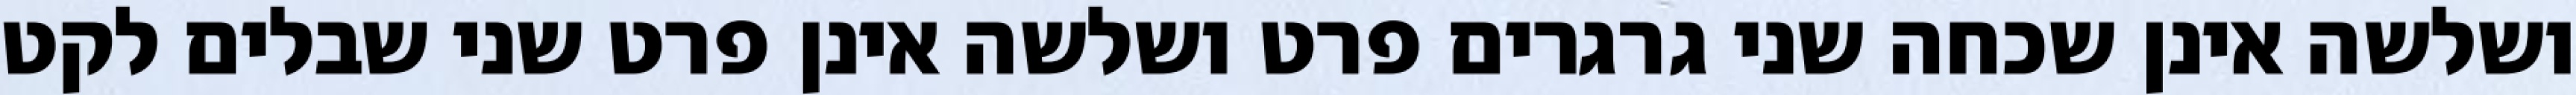
ושלשה אינן שכחה שני גרגרים פרט ושלשה אינן פרט שני שבלים לקט